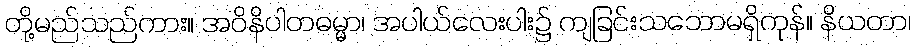
တို့မည်သည်ကား။ အဝိနိပါတဓမ္မာ၊ အပါယ်လေးပါး၌ ကျခြင်းသဘောမရှိကုန်။ နိယတာ၊